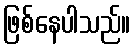
ဖြစ်နေပါသည်။